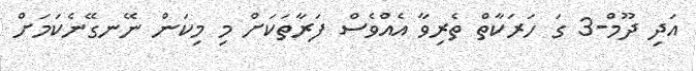
އަދި ދޫމް-3 ގަ ހަރަކާތް ތެރިވާ އެއްވެސް ފަރާތަކަށް މި މިކަން ނޭނގޭނެކަމަށް